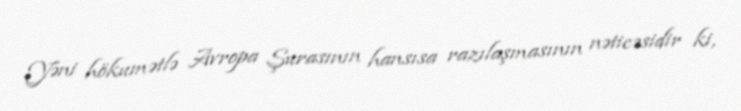
Yəni hökumətlə Avropa Şurasının hansısa razılaşmasının nəticəsidir ki,